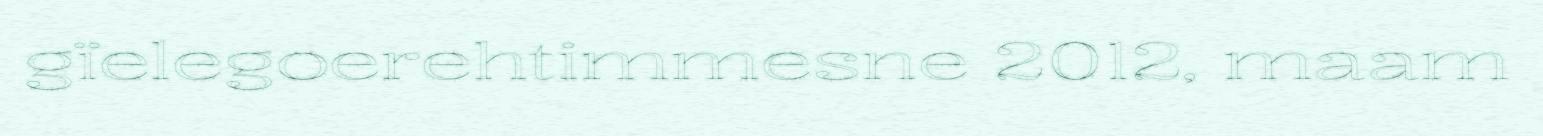
gïelegoerehtimmesne 2012, maam